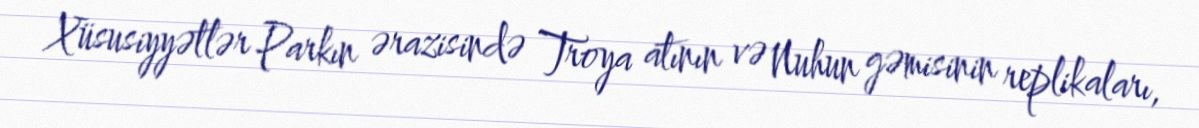
Xüsusiyyətlər Parkın ərazisində Troya atının və Nuhun gəmisinin replikaları,